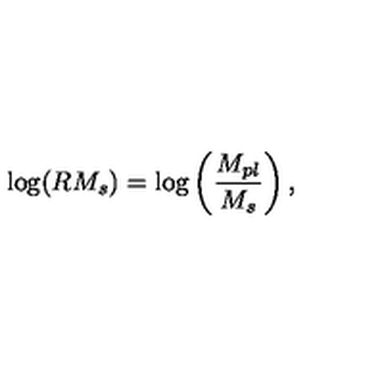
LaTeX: \mathrm { l o g } ( R M _ { s } ) = \mathrm { l o g } \left( \frac { M _ { p l } } { M _ { s } } \right) ,